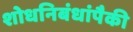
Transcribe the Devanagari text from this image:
शोधनिबंधांपैकी